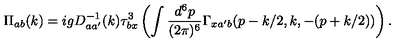
\Pi _ { a b } ( k ) = i g D _ { a a ^ { \prime } } ^ { - 1 } ( k ) \tau _ { b x } ^ { 3 } \left( \int \frac { d ^ { 6 } p } { ( 2 \pi ) ^ { 6 } } \Gamma _ { x a ^ { \prime } b } ( p - k / 2 , k , - ( p + k / 2 ) ) \right) .